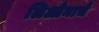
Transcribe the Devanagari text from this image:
लिओनाचे